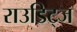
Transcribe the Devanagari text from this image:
राउडिट्ज